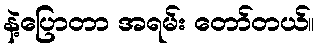
နဲ့ပြောတာ အရမ်း တော်တယ်။